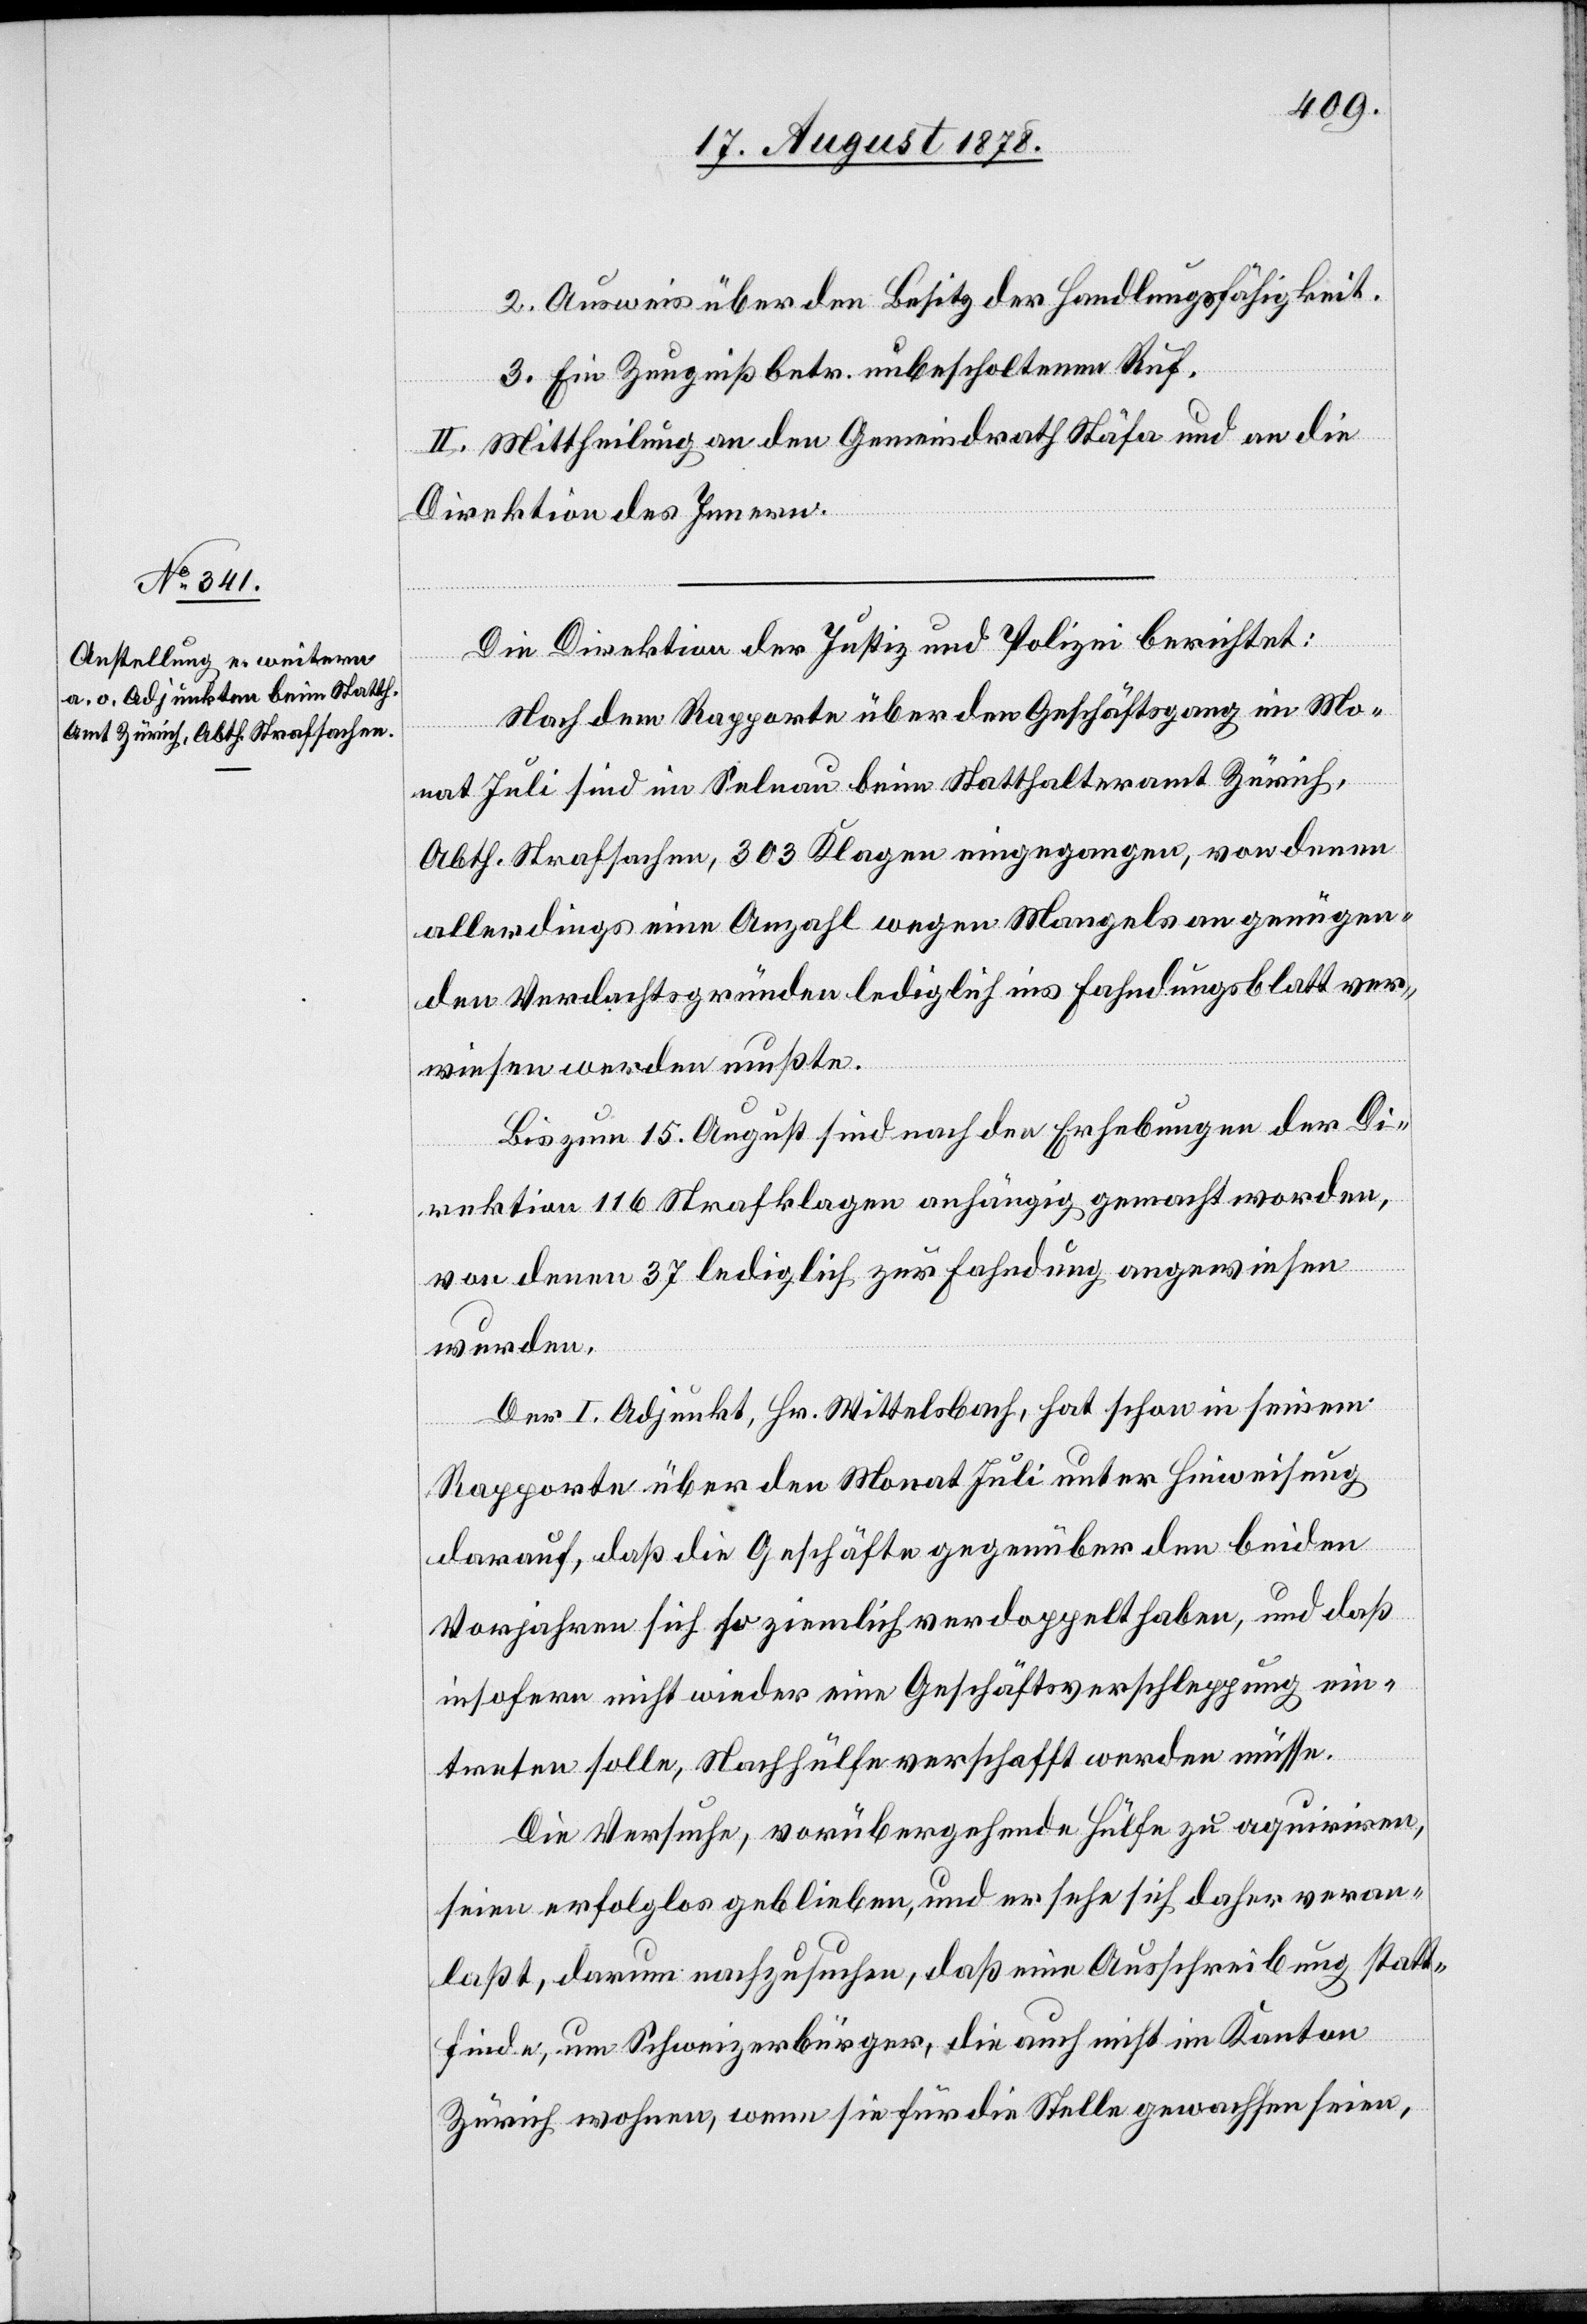
2. Ausweis über den Besitz der Handlungsfähigkeit.
3. Ein Zeugniß betr. unbescholtenem Ruf.
II. Mittheilung an den Gemeindrath Stäfa und an die
Direktion des Innern.
Die Direktion der Justiz und Polizei berichtet:
Nach dem Rapporte über den Geschäftsgang im Mo¬
nat Juli sind in Selnau beim Statthalteramt Zürich,
Abth. Strafsachen, 303 Klagen eingegangen, von denen
allerdings eine Anzahl wegen Mangels an genügen¬
den Verdachtsgründen lediglich ins Fahndungsblatt ver¬
wiesen werden mußten.
Bis zum 15. August sind nach den Erhebungen der Di¬
rektion 116 Strafklagen anhängig gemacht worden,
von denen 37 lediglich zur Fahndung angewiesen
wurden.
Der I. Adjunkt, Hr. Wittelsbach, hat schon in seinem
Rapporte über den Monat Juli unter Hinweisung
darauf, daß die Geschäfte gegenüber den beiden
Vorjahren sich so ziemlich verdoppelt haben, und daß
insofern nicht wieder eine Geschäftsverschleppung ein¬
treten solle, Nachhülfe verschafft werden müsse.
Die Versuche, vorübergehende Hülfe zu aquiriren,
seien erfolglos geblieben, und er sehe sich daher veran¬
laßt, darum nachzusuchen, daß eine Ausschreibung statt¬
finde, um Schweizerbürger, die auch nicht im Kanton
Zürich wohnen, wenn sie für die Stelle gewachsen seien,